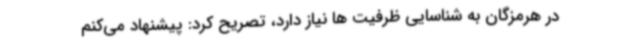
در هرمزگان به شناسایی ظرفیت ها نیاز دارد، تصریح کرد: پیشنهاد می‌کنم